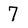
Character: 7